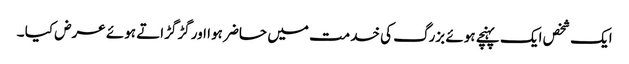
ایک شخص ایک پہنچے ہوئے بزرگ کی خدمت میں حاضر ہوا اور گڑگڑاتے ہوئے عرض کیا ۔